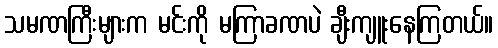
သမဏကြီးများက မင်းကို မကြာခဏပဲ ချီးကျူးနေကြတယ်။